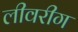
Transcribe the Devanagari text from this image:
लीवरीग